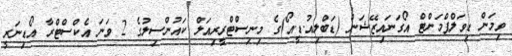
ވިމަން ޑިވަލްޕްމަންޓް އޯގަނައިޒޭޝަން (ޑަބްލިއު.ޑީ.އޯ)ގެ މިނިސްޓްރީރިއަލް ކައުންސިލުގެ 2 ވަނަ އެކްސްޓްރާ އޯޑިނަރީ